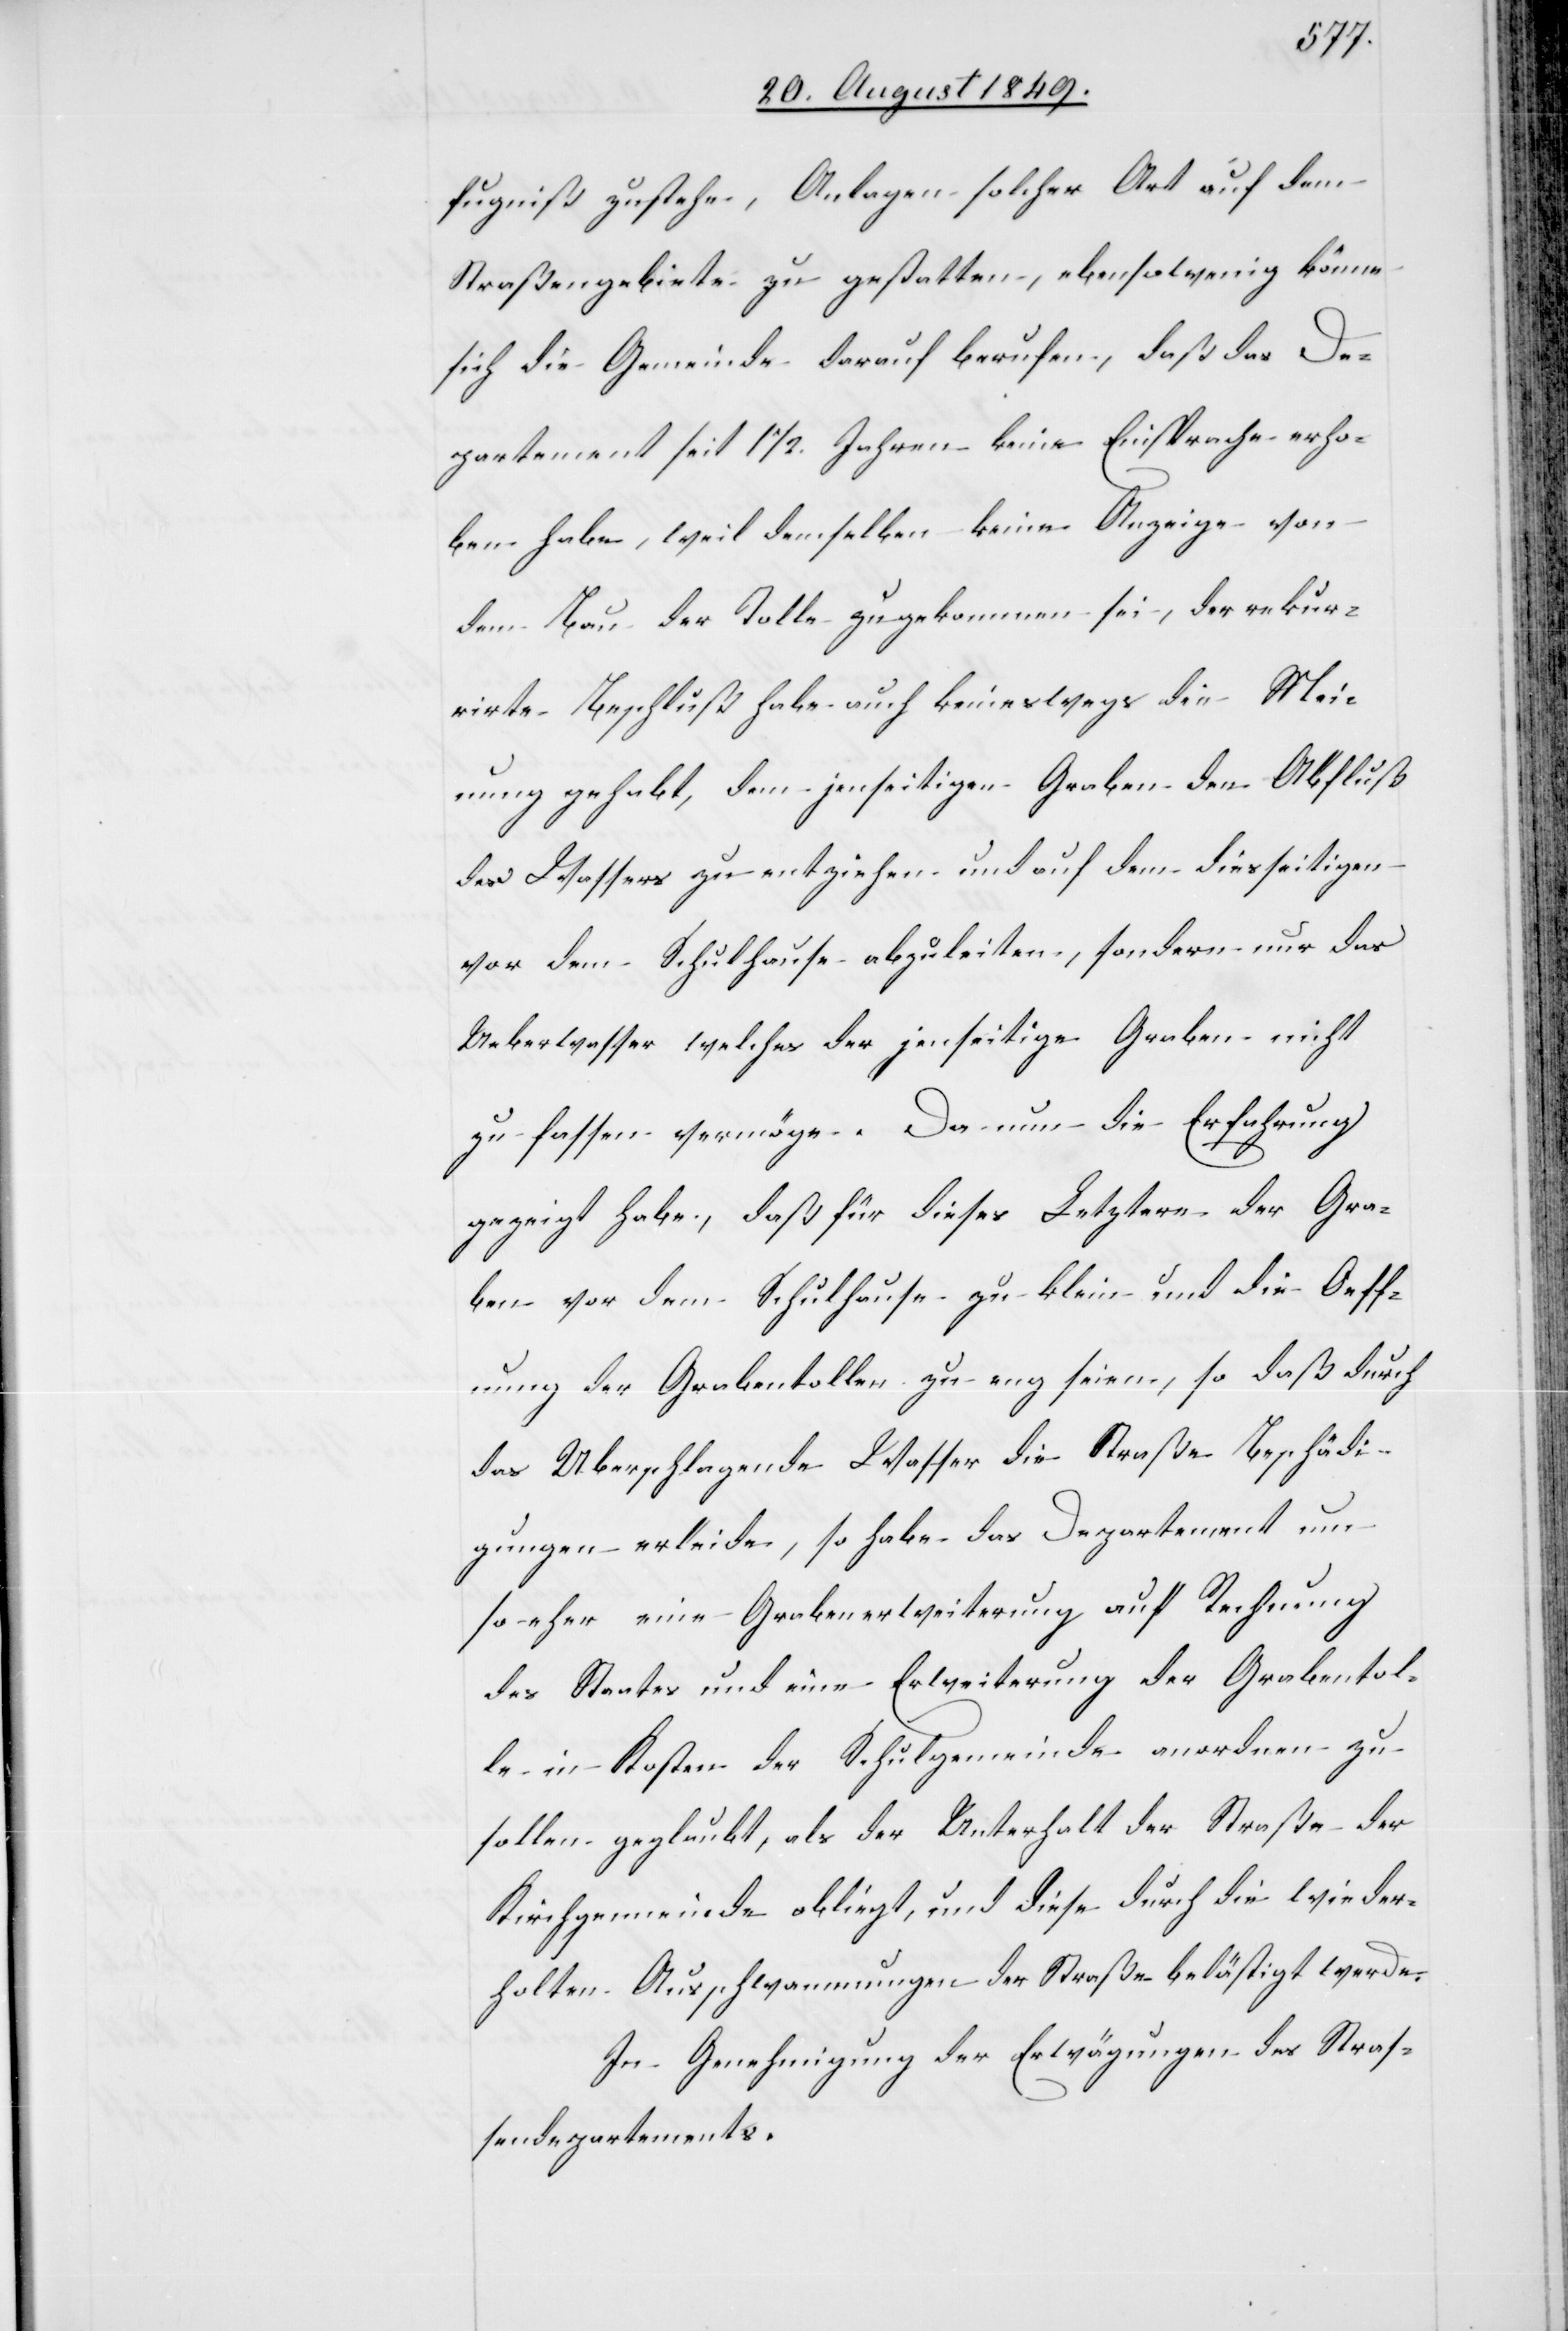
fugniß zustehe, Anlagen solcher Art auf dem
Straßengebiete zu gestatten, ebensowenig könne
sich die Gemeinde darauf berufen, daß das De¬
partement seit 1 1/2. Jahren keine Einsprache erho¬
ben habe, weil demselben keine Anzeige von
dem Bau der Tolle zugekommen sei, der rekur¬
rirte Beschluß habe auch keineswegs die Mei¬
nung gehabt, dem jenseitigen Graben den Abfluß
des Wassers zu entziehen und auf dem diesseitigen
vor dem Schulhause abzuleiten, sondern nur das
Ueberwasser welches der jenseitige Graben nicht
zu fassen vermöge. Da nun die Erfahrung
gezeigt habe, daß für dieses Letztere der Gra¬
ben vor dem Schulhause zu klein und die Oeff¬
nung der Grabentollen zu eng seien, so daß durch
das Uberschlagende Wasser die Straße Beschädi¬
gungen erleide, so habe das Departement um
so eher eine Grabenerweiterung auf Rechnung
des Staates und eine Erweiterung der Grabentol¬
le in Kosten der Schulgemeinde anordnen zu
sollen geglaubt, als der Unterhalt der Straße der
Kirchgemeinde obliegt, und diese durch die wieder¬
holten Ausschwammungen der Straße belästigt werde.
In Genehmigung der Erwägungen des Stras¬
sendepartements.